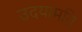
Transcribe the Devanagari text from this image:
उदयामति